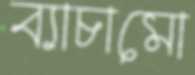
ব্যাচামো